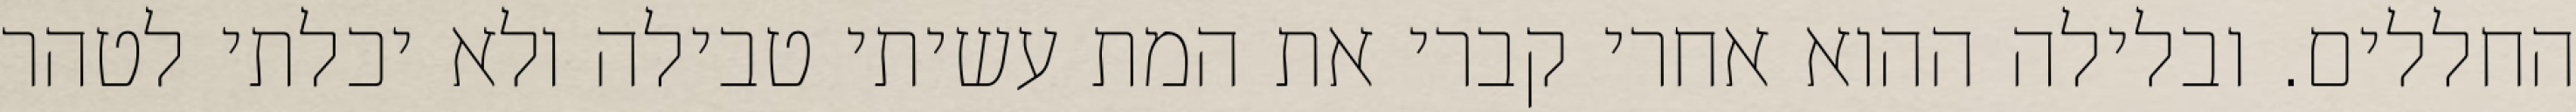
החללים. ובלילה ההוא אחרי קברי את המת עשיתי טבילה ולא יכלתי לטהר